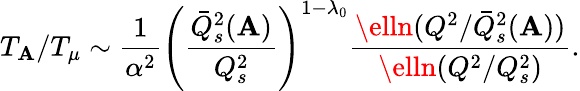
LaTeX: T_{\mathbf{A}}/T_{\mu}\sim{\frac{{1}}{{\alpha^{2}}}}\left({\frac{{\bar{{Q}}_{s}^{2}(\mathbf{A})}}{{Q_{s}^{2}}}}\right)^{1-\lambda_{0}}{\frac{{\elln(Q^{2}/\bar{{Q}}_{s}^{2}(\mathbf{A}))}}{{\elln(Q^{2}/Q_{s}^{2})}}}.